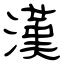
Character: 漢